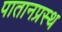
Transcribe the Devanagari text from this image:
पातानप्रस्थ